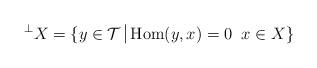
LaTeX: \begin{align*}{}^{\perp}X =\{ y \in \mathcal{T}\; \vline \; \mathrm{Hom}(y,x)=0\; \; x \in X\}\end{align*}